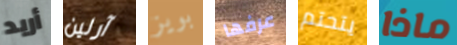
أريد آرلين بويز عرفها يتحتم ماذا